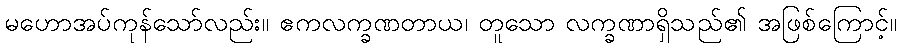
မဟောအပ်ကုန်သော်လည်း။ ဧကလက္ခဏတာယ၊ တူသော လက္ခဏာရှိသည်၏ အဖြစ်ကြောင့်။